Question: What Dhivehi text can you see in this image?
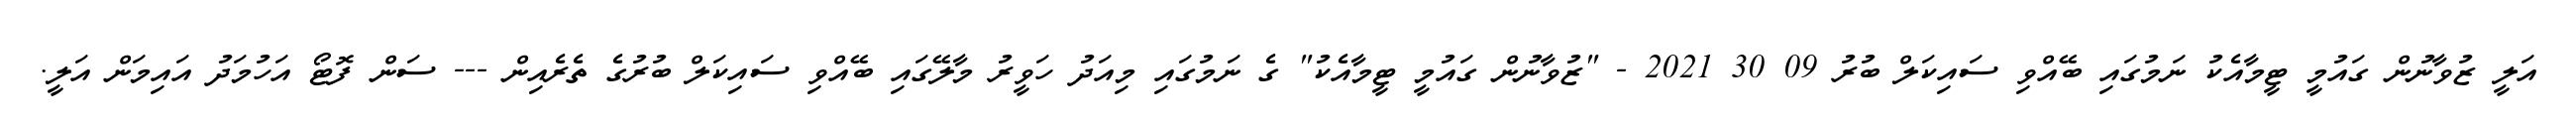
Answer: އަލީ ޒުވާނުން ގައުމީ ޓީމާއެކު ނަމުގައި ބޭއްވި ސައިކަލް ބުރު 09 30 2021 - "ޒުވާނުން ގައުމީ ޓީމާއެކު" ގެ ނަމުގައި މިއަދު ހަވީރު މާލޭގައި ބޭއްވި ސައިކަލް ބުރުގެ ތެރެއިން --- ސަން ފޮޓޯ އަހުމަދު އައިމަން އަލީ.